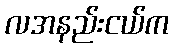
လအနည်းငယ်က